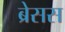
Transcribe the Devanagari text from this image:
ब्रेसस